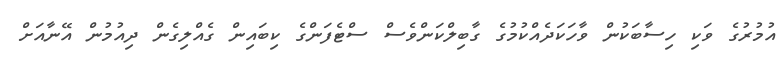
އުމުރުގެ ވަކި ހިސާބަކުން ވާހަަކަދެއްކުމުގެ ގާބިލްކަންވެސް ސްޓެފަންގެ ކިބައިން ގެއްލިގެން ދިއުމުން އޭނާއަށް